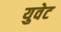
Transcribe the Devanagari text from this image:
युवेट